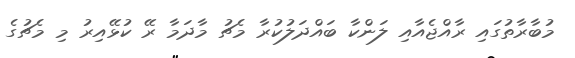
މުބާރާތުގައި ރާއްޖެއާއި ލަންކާ ބައްދަލުކުރާ މެޗު މާދަމާ ރޭ ކުޅޭއިރު މި މެޗުގެ